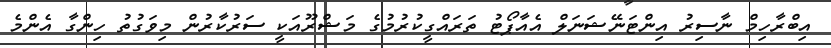
އިބްރާހިމް ނާސިރު އިންޓަނޭޝަނަލް އެއާޕޯޓު ތަރައްގީކުރުމުގެ މަޝްރޫއަކީ ސަރުކާރުން މިވަގުތު ހިންގާ އެންމެ